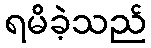
ရမိခဲ့သည်